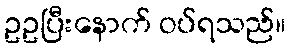
ဥဥပြီးနောက် ဝပ်ရသည်။